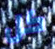
كل